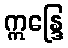
ဣန္ဒြေ